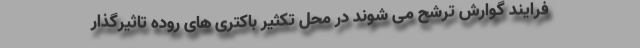
فرایند گوارش ترشح می شوند در محل تکثیر باکتری های روده تاثیرگذار